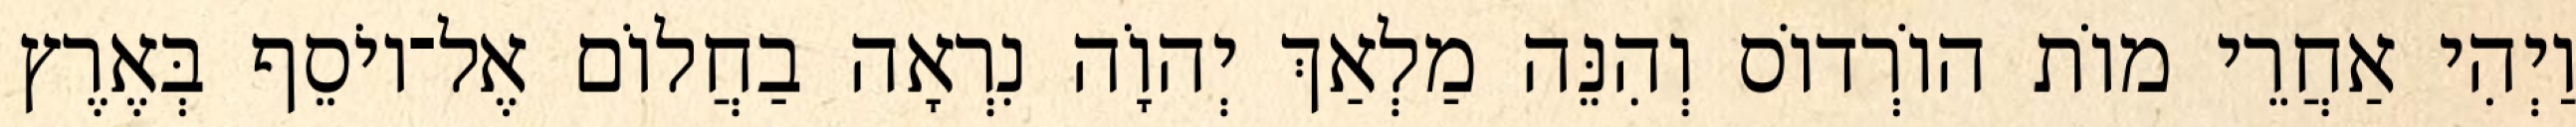
וַיְהִי אַחֲרֵי מוֹת הוֹרְדוֹס וְהִנֵּה מַלְאַךְ יְהוָֹה נִרְאָה בַחֲלוֹם אֶל־יוֹסֵף בְּאֶרֶץ